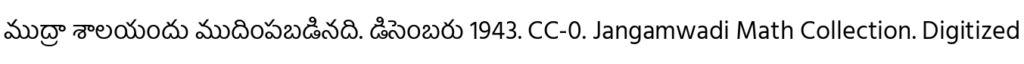
ముద్రా శాలయందు ముదింపబడినది. డిసెంబరు 1943. CC-0. Jangamwadi Math Collection. Digitized